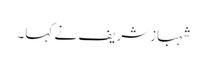
شہبازشریف نے کہا۔